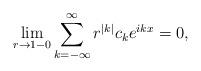
LaTeX: \begin{align*}\lim_{r\to 1-0}\sum_{k=-\infty}^{\infty}r^{|k|}c_ke^{ikx}=0,\end{align*}